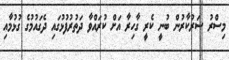
މިސްރު ސަރުކާރުން ބުނީ ކެރީ ގާހިރާ އަށް ކުރައްވާ ދަތުރުފުޅުގައި ދެގައުމުގެ ގުޅުމާއި